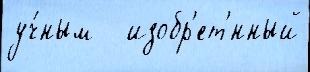
уч́ным   изобр'ет'́нный